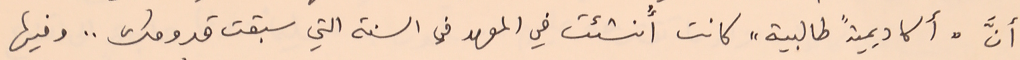
أنَّ "أكاديميةً طالبية" كانت أُنشئت في المعهد في السنة التي سبقت قدومك .. وفيها